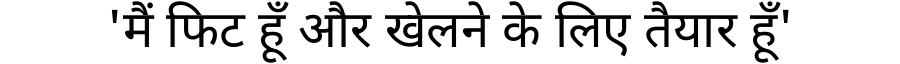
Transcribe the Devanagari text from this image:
'मैं फिट हूँ और खेलने के लिए तैयार हूँ'